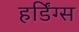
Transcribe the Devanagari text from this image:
हर्डिंग्स